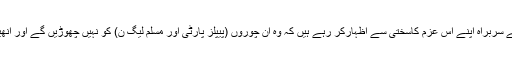
بہت سے یوٹرن لینے کے باوجود تحریک انصاف کے سربراہ اپنے اس عزم کاسختی سے اظہارکر رہے ہیں کہ وہ ان چوروں (پیپلز پارٹی اور مسلم لیگ ن) کو نہیں چھوڑیں گے اور انھیں ’این آر او نہیں دونگا‘کا نعرہ بلند کرتے رہتے ہیں۔